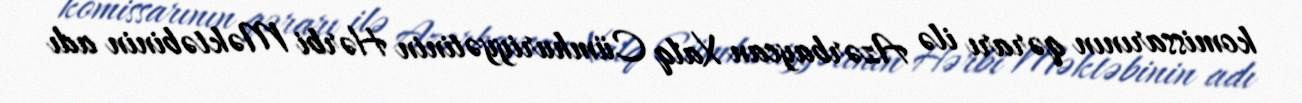
komissarının qərarı ilə Azərbaycan Xalq Cümhuriyyətinin Hərbi Məktəbinin adı